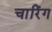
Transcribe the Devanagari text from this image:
चारिंग